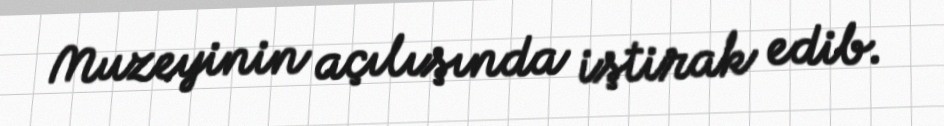
Muzeyinin açılışında iştirak edib.